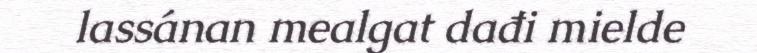
lassánan mealgat dađi mielde